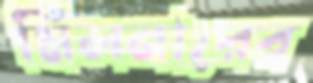
মিলনারের